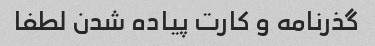
گذرنامه و کارت پیاده شدن لطفا